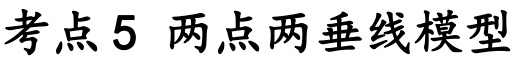
考点5 两点两垂线模型